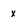
Character: x